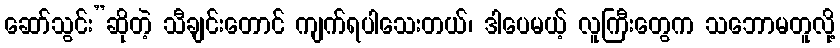
ဆော်သွင်း”ဆိုတဲ့ သီချင်းတောင် ကျက်ရပါသေးတယ်၊ ဒါပေမယ့် လူကြီးတွေက သဘောမတူလို့